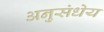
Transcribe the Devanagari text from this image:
अनुसंधेय